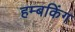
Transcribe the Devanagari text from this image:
हम्बकिंग